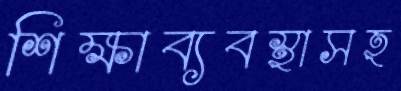
শিক্ষাব্যবস্থাসহ